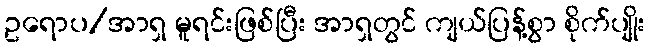
ဥရောပ/အာရှ မူရင်းဖြစ်ပြီး အာရှတွင် ကျယ်ပြန့်စွာ စိုက်ပျိုး